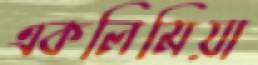
একলিমিয়া